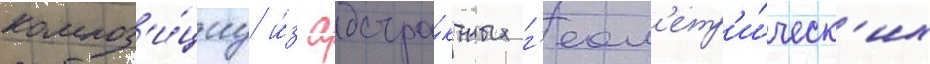
композ'и́циу и́з абстра́ктных г'еом'етр'и́ческ'их